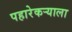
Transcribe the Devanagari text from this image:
पहारेकर्‍याला